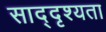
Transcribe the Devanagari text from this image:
साद्दृश्यता